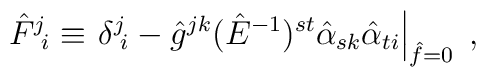
\hat{F}^{j}\!_{i}\equiv\left.\delta^{j}\!_{i}-\hat{g}^{jk}(\hat{E}^{-1})^{st}\hat{\alpha}_{sk}\hat{\alpha}_{ti}\right|_{\hat{f}=0}\; ,